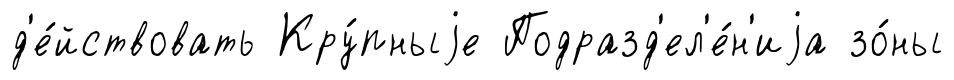
д'е́йствовать Кру́пныjе Подразд'ел'е́н'иjа зо́ны